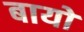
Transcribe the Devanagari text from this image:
बायों